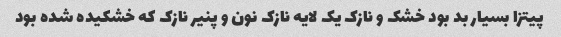
پیتزا بسیار بد بود خشک و نازک یک لایه نازک نون و پنیر نازک که خشکیده شده بود